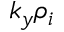
k _ { y } \rho _ { i }